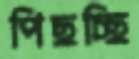
পিছচ্ছি